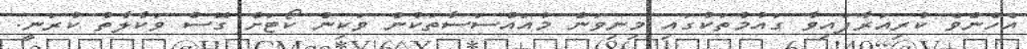
އެހެންވެ ކުރިއަރާފައިވާ ގައުމުތަކުގައި މިނިވަން މުއައްސަސާތަކުން ވަކިން ކޯޓަށް ގޮސް ވަކާލާތު ކުރަނީ.